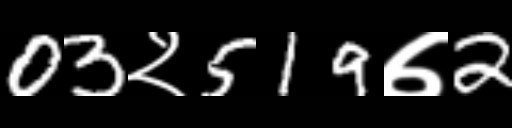
Text: 03२519७2